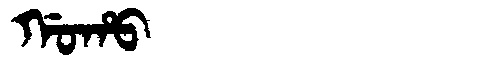
Manchu: ᡤᠣᡥᠣ
Romanization: GOHO